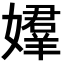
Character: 𡢡